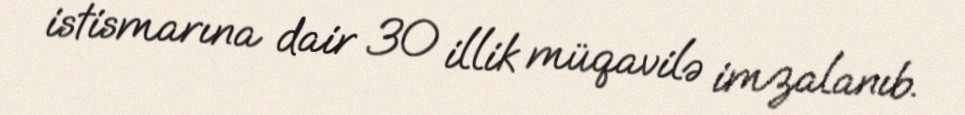
istismarına dair 30 illik müqavilə imzalanıb.